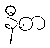
နီစာ